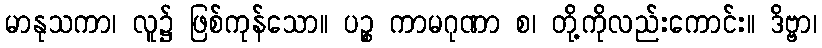
မာနုသကာ၊ လူ၌ ဖြစ်ကုန်သော။ ပဉ္စ ကာမဂုဏာ စ၊ တို့ကိုလည်းကောင်း။ ဒိဗ္ဗာ၊